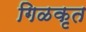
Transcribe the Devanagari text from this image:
गिळकृत